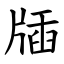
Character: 牐